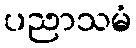
ပညာသမံ